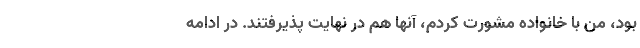
بود، من با خانواده مشورت کردم، آنها هم در نهایت پذیرفتند. در ادامه